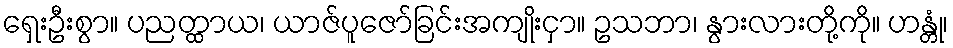
ရှေးဦးစွာ။ ပညတ္ထာယ၊ ယာဇ်ပူဇော်ခြင်းအကျိုးငှာ။ ဥသဘာ၊ နွားလားတို့ကို။ ဟန္တုံ၊